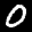
Label: 0